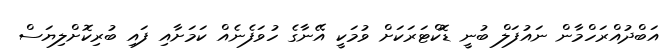
އަބްދުއްރަހްމާން ނައުފަލް ބުނީ ޑޮކްޓަރަކަށް ވުމަކީ އޭނާގެ ހުވަފެނެއް ކަމަށާއި ފައި ބުރިކޮށްލިޔަސް